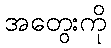
အတွေးကို